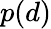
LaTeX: p(d)